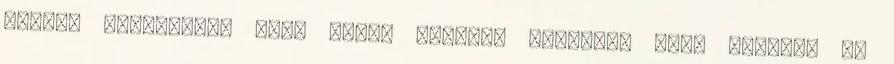
utazik külföldre, vagy hazai tájakat fedeznek fel. Hobbija az